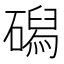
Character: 磶